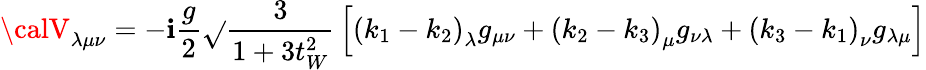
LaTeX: {\calV}_{\lambda\mu\nu}=-\mathbf{i}\frac{{g}}{{2}}\sqrt{}{{\frac{{3}}{{1+3t_{W}^{2}}}}}\left[\left(k_{1}-k_{2}\right)_{\lambda}g_{\mu\nu}+\left(k_{2}-k_{3}\right)_{\mu}g_{\nu\lambda}+\left(k_{3}-k_{1}\right)_{\nu}g_{\lambda\mu}\right]